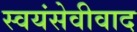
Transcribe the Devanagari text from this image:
स्वयंसेवीवाद